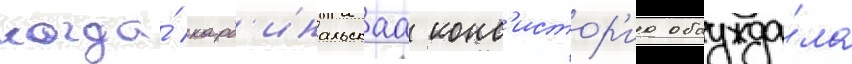
когда́ кард'инальскаа конс'истор'иа обсужда́ла